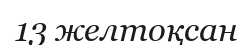
13 желтоқсан